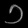
Digit: ၁